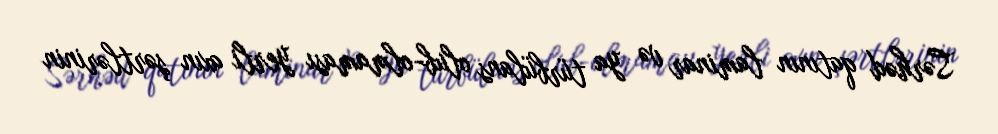
Sərhəd qatının laminar və ya türbülans olub-olmaması yerli axın şərtlərinin